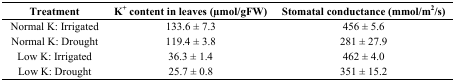
| Treatment | K+ content in leaves (μmol/gFW) | Stomatal conductance (mmol/m2/s) |
 | --- | --- | --- |
 | Normal K: Irrigated | 133.6 ± 7.3 | 456 ± 5.6 |
 | Normal K: Drought | 119.4 ± 3.8 | 281 ± 27.9 |
 | Low K: Irrigated | 36.3 ± 1.4 | 462 ± 4.0 |
 | Low K: Drought | 25.7 ± 0.8 | 351 ± 15.2 |